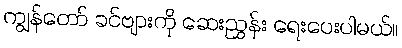
ကျွန်တော် ခင်ဗျားကို ဆေးညွှန်း ရေးပေးပါမယ်။